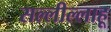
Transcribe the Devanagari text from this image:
सल्लील्लाहू